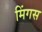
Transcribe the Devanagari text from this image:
मिंगस